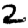
Digit: 2